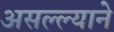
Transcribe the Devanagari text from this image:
असल्ल्याने